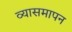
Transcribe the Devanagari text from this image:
व्यासमापन